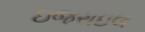
ઇજરાઇલ